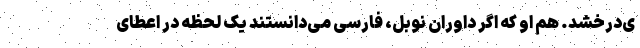
ی‌درخشد. هم او که اگر داوران نوبل، فارسی می‌دانستند یک لحظه در اعطای